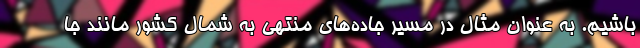
باشیم. به عنوان مثال در مسیر جاده‌های منتهی به شمال کشور مانند جا